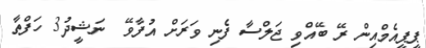
ޕީޕީއެމްއިން ރޭ ބޭއްވި ޖަލްސާ ފެނި ވަރަށް އުފާވޭ  ނަޝީދު3 ހަފްތާ